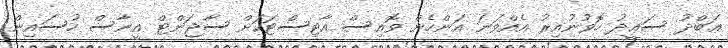
ޢަބްދު ސަޢީދު ހޮވުނުއިރު އެއްވަނަ އަންހެން ވޮއިސް އާޓިސްޓަކަށް ސާޖަންޓް އީނާސް ހުސައިން